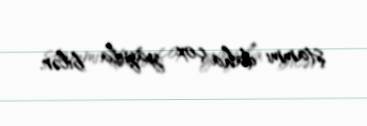
ştammı daha çox yayıla bilər.